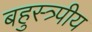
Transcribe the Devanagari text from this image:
बहुस्त्र्पीय